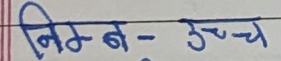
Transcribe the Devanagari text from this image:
निम्न - उच्च